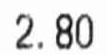
2.80